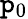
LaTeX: \mathtt{p}_{0}